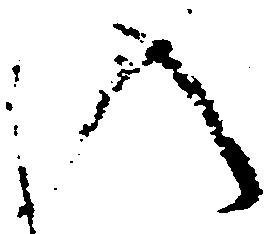
入